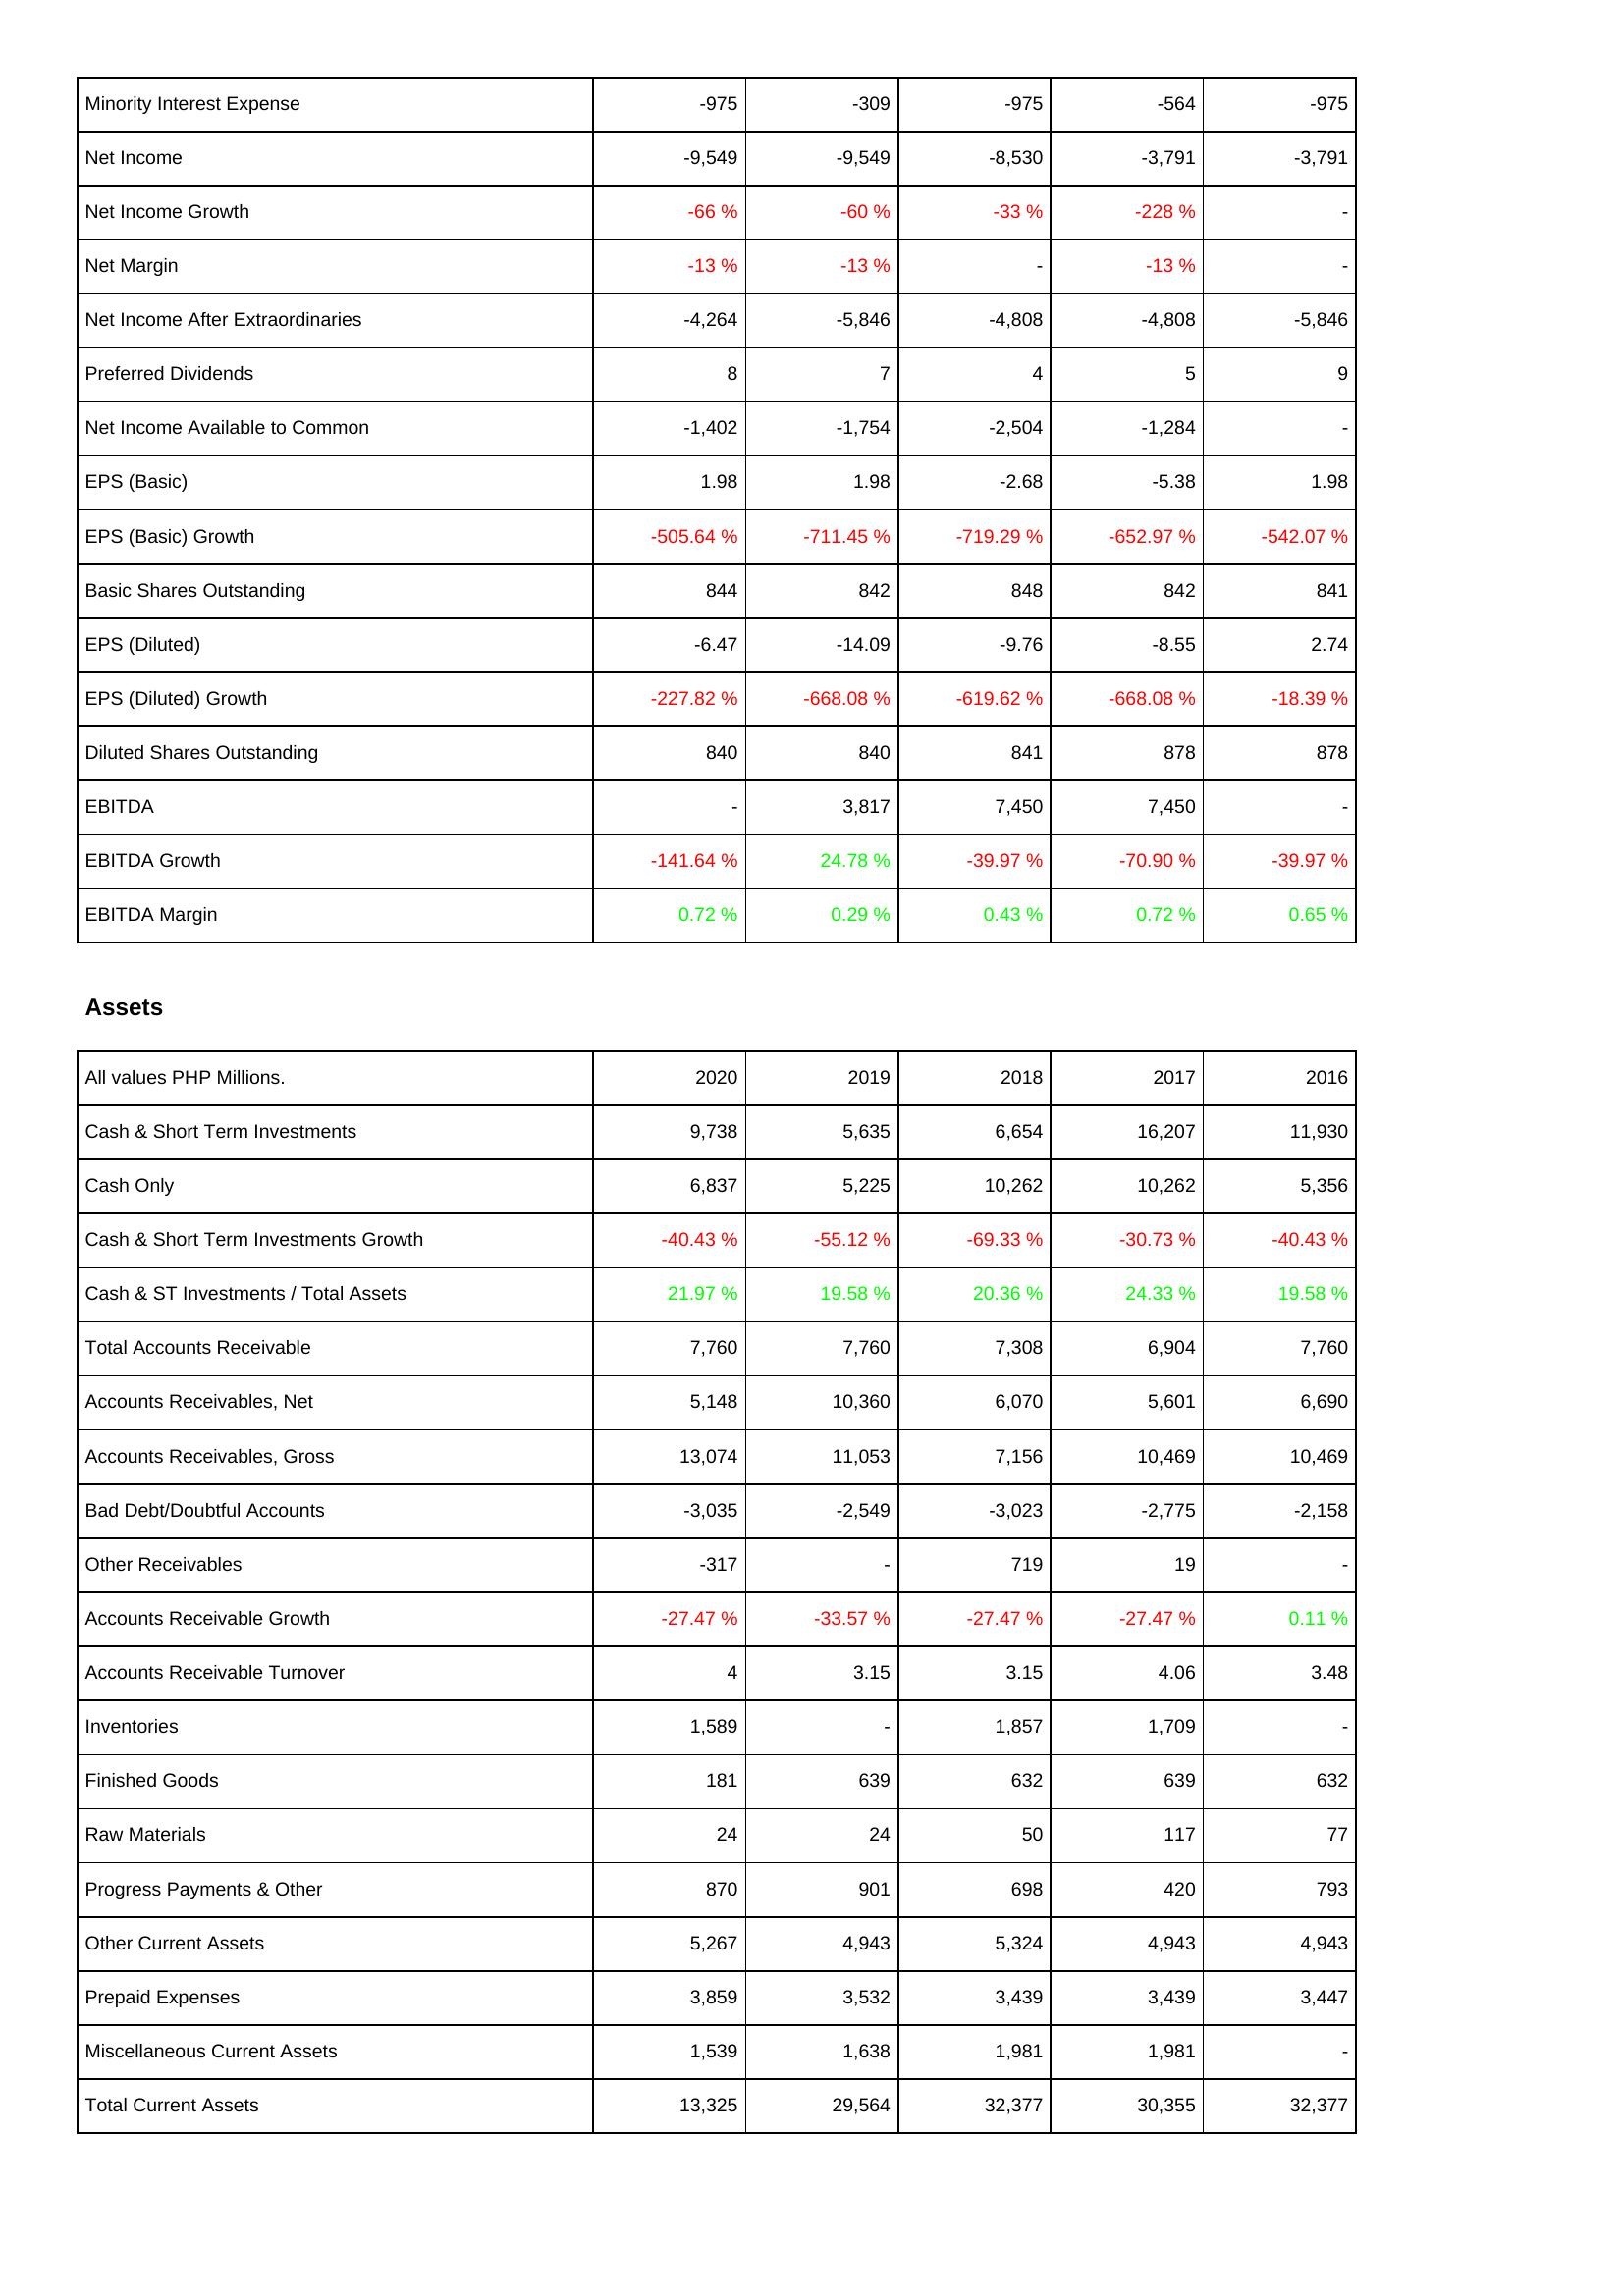
2020: Income Statement: Minority Interest Expense: -975
Net Income: -9,549
Net Income Growth: -66 %
Net Margin: -13 %
Net Income After Extraordinaries: -4,264
Preferred Dividends: 8
Net Income Available to Common: -1,402
EPS (Basic): 1.98
EPS (Basic) Growth: -505.64 %
Basic Shares Outstanding: 844
EPS (Diluted): -6.47
EPS (Diluted) Growth: -227.82 %
Diluted Shares Outstanding: 840
EBITDA: -
EBITDA Growth: -141.64 %
EBITDA Margin: 0.72 %
Assets: Cash & Short Term Investments: 9,738
Cash Only: 6,837
Cash & Short Term Investments Growth: -40.43 %
Cash & ST Investments / Total Assets: 21.97 %
Total Accounts Receivable: 7,760
Accounts Receivables, Net: 5,148
Accounts Receivables, Gross: 13,074
Bad Debt/Doubtful Accounts: -3,035
Other Receivables: -317
Accounts Receivable Growth: -27.47 %
Accounts Receivable Turnover: 4
Inventories: 1,589
Finished Goods: 181
Raw Materials: 24
Progress Payments & Other: 870
Other Current Assets: 5,267
Prepaid Expenses: 3,859
Miscellaneous Current Assets: 1,539
Total Current Assets: 13,325
2019: Income Statement: Minority Interest Expense: -309
Net Income: -9,549
Net Income Growth: -60 %
Net Margin: -13 %
Net Income After Extraordinaries: -5,846
Preferred Dividends: 7
Net Income Available to Common: -1,754
EPS (Basic): 1.98
EPS (Basic) Growth: -711.45 %
Basic Shares Outstanding: 842
EPS (Diluted): -14.09
EPS (Diluted) Growth: -668.08 %
Diluted Shares Outstanding: 840
EBITDA: 3,817
EBITDA Growth: 24.78 %
EBITDA Margin: 0.29 %
Assets: Cash & Short Term Investments: 5,635
Cash Only: 5,225
Cash & Short Term Investments Growth: -55.12 %
Cash & ST Investments / Total Assets: 19.58 %
Total Accounts Receivable: 7,760
Accounts Receivables, Net: 10,360
Accounts Receivables, Gross: 11,053
Bad Debt/Doubtful Accounts: -2,549
Other Receivables: -
Accounts Receivable Growth: -33.57 %
Accounts Receivable Turnover: 3.15
Inventories: -
Finished Goods: 639
Raw Materials: 24
Progress Payments & Other: 901
Other Current Assets: 4,943
Prepaid Expenses: 3,532
Miscellaneous Current Assets: 1,638
Total Current Assets: 29,564
2018: Income Statement: Minority Interest Expense: -975
Net Income: -8,530
Net Income Growth: -33 %
Net Margin: -
Net Income After Extraordinaries: -4,808
Preferred Dividends: 4
Net Income Available to Common: -2,504
EPS (Basic): -2.68
EPS (Basic) Growth: -719.29 %
Basic Shares Outstanding: 848
EPS (Diluted): -9.76
EPS (Diluted) Growth: -619.62 %
Diluted Shares Outstanding: 841
EBITDA: 7,450
EBITDA Growth: -39.97 %
EBITDA Margin: 0.43 %
Assets: Cash & Short Term Investments: 6,654
Cash Only: 10,262
Cash & Short Term Investments Growth: -69.33 %
Cash & ST Investments / Total Assets: 20.36 %
Total Accounts Receivable: 7,308
Accounts Receivables, Net: 6,070
Accounts Receivables, Gross: 7,156
Bad Debt/Doubtful Accounts: -3,023
Other Receivables: 719
Accounts Receivable Growth: -27.47 %
Accounts Receivable Turnover: 3.15
Inventories: 1,857
Finished Goods: 632
Raw Materials: 50
Progress Payments & Other: 698
Other Current Assets: 5,324
Prepaid Expenses: 3,439
Miscellaneous Current Assets: 1,981
Total Current Assets: 32,377
2017: Income Statement: Minority Interest Expense: -564
Net Income: -3,791
Net Income Growth: -228 %
Net Margin: -13 %
Net Income After Extraordinaries: -4,808
Preferred Dividends: 5
Net Income Available to Common: -1,284
EPS (Basic): -5.38
EPS (Basic) Growth: -652.97 %
Basic Shares Outstanding: 842
EPS (Diluted): -8.55
EPS (Diluted) Growth: -668.08 %
Diluted Shares Outstanding: 878
EBITDA: 7,450
EBITDA Growth: -70.90 %
EBITDA Margin: 0.72 %
Assets: Cash & Short Term Investments: 16,207
Cash Only: 10,262
Cash & Short Term Investments Growth: -30.73 %
Cash & ST Investments / Total Assets: 24.33 %
Total Accounts Receivable: 6,904
Accounts Receivables, Net: 5,601
Accounts Receivables, Gross: 10,469
Bad Debt/Doubtful Accounts: -2,775
Other Receivables: 19
Accounts Receivable Growth: -27.47 %
Accounts Receivable Turnover: 4.06
Inventories: 1,709
Finished Goods: 639
Raw Materials: 117
Progress Payments & Other: 420
Other Current Assets: 4,943
Prepaid Expenses: 3,439
Miscellaneous Current Assets: 1,981
Total Current Assets: 30,355
2016: Income Statement: Minority Interest Expense: -975
Net Income: -3,791
Net Income Growth: -
Net Margin: -
Net Income After Extraordinaries: -5,846
Preferred Dividends: 9
Net Income Available to Common: -
EPS (Basic): 1.98
EPS (Basic) Growth: -542.07 %
Basic Shares Outstanding: 841
EPS (Diluted): 2.74
EPS (Diluted) Growth: -18.39 %
Diluted Shares Outstanding: 878
EBITDA: -
EBITDA Growth: -39.97 %
EBITDA Margin: 0.65 %
Assets: Cash & Short Term Investments: 11,930
Cash Only: 5,356
Cash & Short Term Investments Growth: -40.43 %
Cash & ST Investments / Total Assets: 19.58 %
Total Accounts Receivable: 7,760
Accounts Receivables, Net: 6,690
Accounts Receivables, Gross: 10,469
Bad Debt/Doubtful Accounts: -2,158
Other Receivables: -
Accounts Receivable Growth: 0.11 %
Accounts Receivable Turnover: 3.48
Inventories: -
Finished Goods: 632
Raw Materials: 77
Progress Payments & Other: 793
Other Current Assets: 4,943
Prepaid Expenses: 3,447
Miscellaneous Current Assets: -
Total Current Assets: 32,377